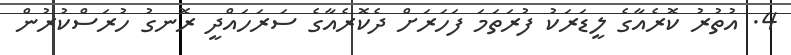
4. އުތުރު ކޮރެއާގެ ލީޑަރަކު ފުރަތަމަ ފަހަރަށް ދެކޮރެއާގެ ސަރަހައްދީ ރޮނގު ހުރަސްކުރުން